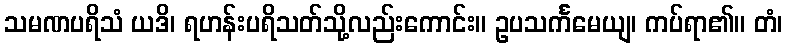
သမဏပရိသံ ယဒိ၊ ရဟန်းပရိသတ်သို့လည်းကောင်း။ ဥပသင်္ကမေယျ၊ ကပ်ရာ၏။ တံ၊